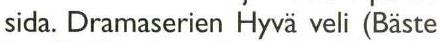
sida. Dramaserien Hyvä veli (Bäste